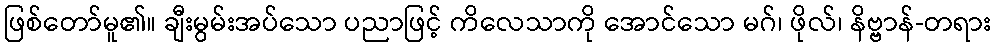
ဖြစ်တော်မူ၏။ ချီးမွမ်းအပ်သော ပညာဖြင့် ကိလေသာကို အောင်သော မဂ်၊ ဖိုလ်၊ နိဗ္ဗာန်-တရား